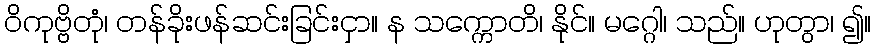
ဝိကုဗ္ဗိတုံ၊ တန်ခိုးဖန်ဆင်းခြင်းငှာ။ န သက္ကောတိ၊ နိုင်။ မဂ္ဂေါ၊ သည်။ ဟုတွာ၊ ၍။